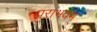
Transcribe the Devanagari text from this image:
पराभवम्‌